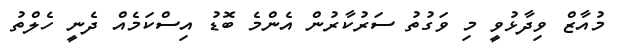
މުއާޒް ވިދާޅުވީ މި ވަގުތު ސަރުކާރުން އެންމެ ބޮޑު އިސްކަމެއް ދެނީ ހެލްތު